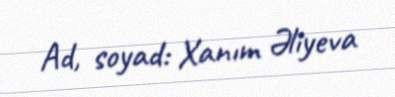
Ad, soyad: Xanım Əliyeva